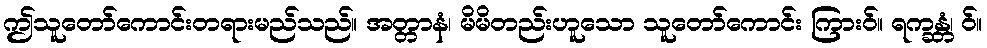
ဤသူတော်ကောင်းတရားမည်သည်။ အတ္တာနံ၊ မိမိတည်းဟူသော သူတော်ကောင်း ကြားဝ်။ ရက္ခန္တံ၊ ဝ်။